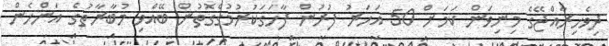
ދިވެހިރާއްޖޭގެ މިނިވަން ކަމަށް 50 އަހަރު ފުރުން ފާހަގަކުރުމުގެގޮތުން ބޭއްވި މުބާރާތުގެ އަންހެން